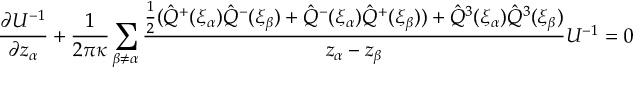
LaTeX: \frac { \partial U ^ { - 1 } } { \partial z _ { \alpha } } + { \frac { 1 } { 2 \pi \kappa } } \sum _ { \beta \neq \alpha } \frac { \frac { 1 } { 2 } ( \hat { Q } ^ { + } ( \xi _ { \alpha } ) \hat { Q } ^ { - } ( \xi _ { \beta } ) + \hat { Q } ^ { - } ( \xi _ { \alpha } ) \hat { Q } ^ { + } ( \xi _ { \beta } ) ) + \hat { Q } ^ { 3 } ( \xi _ { \alpha } ) \hat { Q } ^ { 3 } ( \xi _ { \beta } ) } { z _ { \alpha } - z _ { \beta } } U ^ { - 1 } = 0